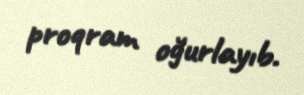
proqram oğurlayıb.